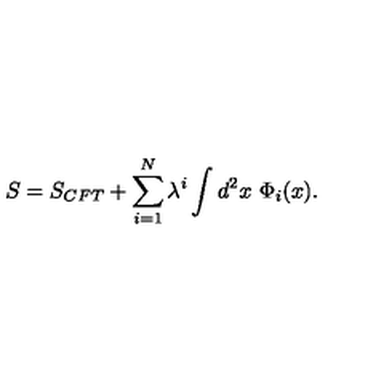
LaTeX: S = S _ { C F T } + \sum _ { i = 1 } ^ { N } \lambda ^ { i } \int d ^ { 2 } x \ \Phi _ { i } ( x ) .